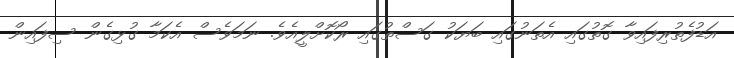
އަޑުފެތުރިފައިވާ ގޮތުގައި އެތަނުގައި ބަޔަކު ގަސްތުގައި ރޯކޮށްލީއެވެ. ނަމަވެސް އެކަމާ ގުޅިގެން ސިފައިން